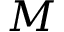
M